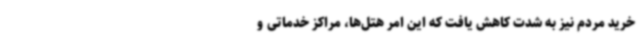
خرید مردم نیز به شدت کاهش یافت که این امر هتل‌ها، مراکز خدماتی و